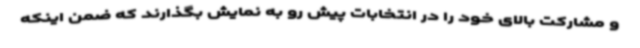
و مشارکت بالای خود را در انتخابات پیش رو به نمایش بگذارند که ضمن اینکه